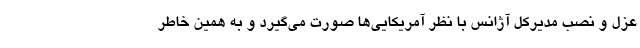
عزل و نصب مدیرکل آژانس با نظر آمریکایی‌ها صورت می‌گیرد و به همین خاطر